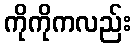
ကိုကိုကလည်း